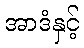
အာဒံနှင့်